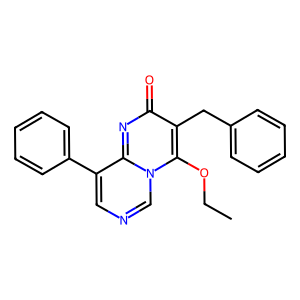
SMILES: CCOc1c(Cc2ccccc2)c(=O)nc2c(-c3ccccc3)cncn12
Inhibits HIV replication: No